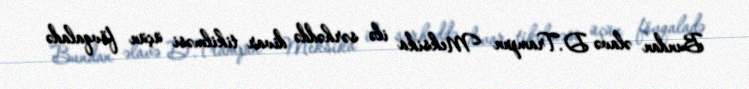
Bundan əlavə D.Trampın Meksika ilə sərhəddə divar tikilməsi üçün fövqaladə